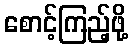
စောင့်ကြည့်ဖို့